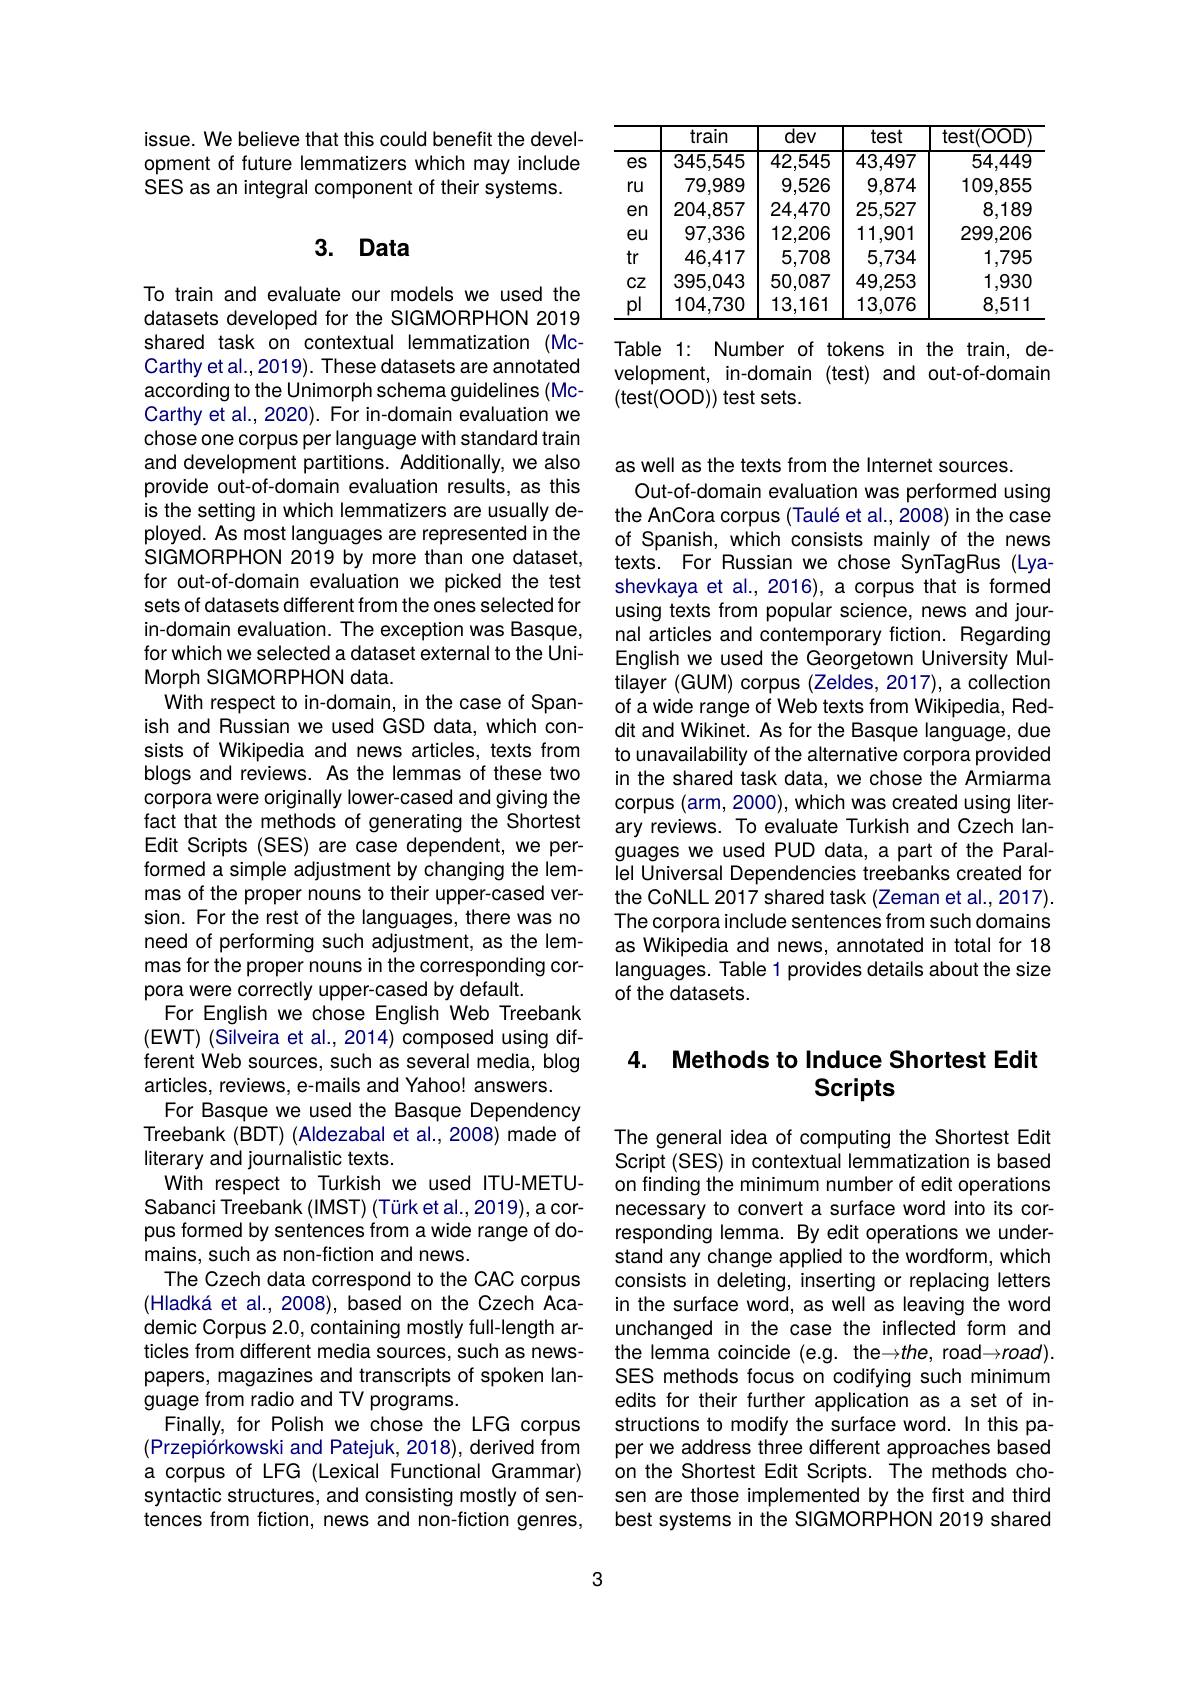
issue. We believe that this could benefit the development of future lemmatizers which may include SES as an integral component of their systems.

## 3. Data

To train and evaluate our models we used the datasets developed for the SIGMORPHON 2019 shared task on contextual lemmatization (McCarthy et al., 2019). These datasets are annotated according to the Unimorph schema guidelines (McCarthy et al., 2020). For in-domain evaluation we chose one corpus per language with standard train and development partitions. Additionally, we also provide out-of-domain evaluation results, as this is the setting in which lemmatizers are usually deployed. As most languages are represented in the SIGMORPHON 2019 by more than one dataset, for out-of-domain evaluation we picked the test sets of datasets different from the ones selected for in-domain evaluation. The exception was Basque, for which we selected a dataset external to the UniMorph SIGMORPHON data.
With respect to in-domain, in the case of Spanish and Russian we used GSD data, which consists of Wikipedia and news articles, texts from blogs and reviews. As the lemmas of these two corpora were originally lower-cased and giving the fact that the methods of generating the Shortest Edit Scripts (SES) are case dependent, we performed a simple adjustment by changing the lemmas of the proper nouns to their upper-cased version. For the rest of the languages, there was no need of performing such adjustment, as the lemmas for the proper nouns in the corresponding corpora were correctly upper-cased by default.
For English we chose English Web Treebank (EWT) (Silveira et al., 2014) composed using different Web sources, such as several media, blog articles, reviews, e-mails and Yahoo! answers.
For Basque we used the Basque Dependency Treebank (BDT) (Aldezabal et al., 2008) made of literary and journalistic texts.
With respect to Turkish we used ITU-METUSabanci Treebank (IMST) (Türk et al., 2019), a corpus formed by sentences from a wide range of domains, such as non-fiction and news.
The Czech data correspond to the CAC corpus (Hladká et al., 2008), based on the Czech Academic Corpus 2.0, containing mostly full-length articles from different media sources, such as newspapers, magazines and transcripts of spoken language from radio and TV programs.
Finally, for Polish we chose the LFG corpus (Przepiórkowski and Patejuk, 2018), derived from a corpus of LFG (Lexical Functional Grammar) syntactic structures, and consisting mostly of sentences from fiction, news and non-fiction genres,

3

<table>
	<tbody>
		<tr>
			<th> </th>
			<th>train</th>
			<th>$\overline{\mathrm{dev}}$</th>
			<th>test</th>
			<th>test(OOD</th>
		</tr>
		<tr>
			<td>es</td>
			<td>345,545</td>
			<td>42,545</td>
			<td>43,497</td>
			<td>54,449</td>
		</tr>
		<tr>
			<td>ru</td>
			<td>79,989</td>
			<td>9,526</td>
			<td>9,874</td>
			<td>109,855</td>
		</tr>
		<tr>
			<td>en</td>
			<td>204,857</td>
			<td>24,470</td>
			<td>25,527</td>
			<td>8,189</td>
		</tr>
		<tr>
			<td>eu</td>
			<td>97,336</td>
			<td>12,206</td>
			<td>11,901</td>
			<td>299,206</td>
		</tr>
		<tr>
			<td>tr</td>
			<td>46,417</td>
			<td>5,708</td>
			<td>5,734</td>
			<td>1,795</td>
		</tr>
		<tr>
			<td>$CZ$</td>
			<td>395,043</td>
			<td>50,087</td>
			<td>49,253</td>
			<td>1,930</td>
		</tr>
		<tr>
			<td>pl</td>
			<td>104,730</td>
			<td>13,161</td>
			<td>13,076</td>
			<td>8,511</td>
		</tr>
	</tbody>
</table>

Table 1: Number of tokens in the train, development, in-domain (test) and out-of-domain (test(OOD)) test sets.

as well as the texts from the Internet sources.
Out-of-domain evaluation was performed using the AnCora corpus (Taulé et al., 2008) in the case of Spanish, which consists mainly of the news texts. For Russian we chose SynTagRus (Lyashevkaya et al., 2016), a corpus that is formed using texts from popular science, news and journal articles and contemporary fiction. Regarding English we used the Georgetown University Multilayer (GUM) corpus (Zeldes, 2017), a collection of a wide range of Web texts from Wikipedia, Reddit and Wikinet. As for the Basque language, due to unavailability of the alternative corpora provided in the shared task data, we chose the Armiarma corpus (arm, 2000), which was created using literary reviews. To evaluate Turkish and Czech languages we used PUD data, a part of the Parallel Universal Dependencies treebanks created for the CoNLL 2017 shared task (Zeman et al., 2017). The corpora include sentences from such domains as Wikipedia and news, annotated in total for 18 languages. Table 1 provides details about the size of the datasets.

## 4. Methods to Induce Shortest Edit Scripts

The general idea of computing the Shortest Edit Script (SES) in contextual lemmatization is based on finding the minimum number of edit operations necessary to convert a surface word into its corresponding lemma. By edit operations we understand any change applied to the wordform, which consists in deleting, inserting or replacing letters in the surface word, as well as leaving the word unchanged in the case the inflected form and the lemma coincide (e.g. the-the, road-road). SES methods focus on codifying such minimum edits for their further application as a set of instructions to modify the surface word. In this paper we address three different approaches based on the Shortest Edit Scripts. The methods chosen are those implemented by the first and third best systems in the SIGMORPHON 2019 shared